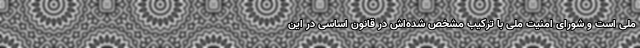
ملی است و شورای امنیت ملی با ترکیب مشخص شده‌اش در قانون اساسی در این